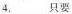
4. ___只要